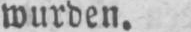
wurden.